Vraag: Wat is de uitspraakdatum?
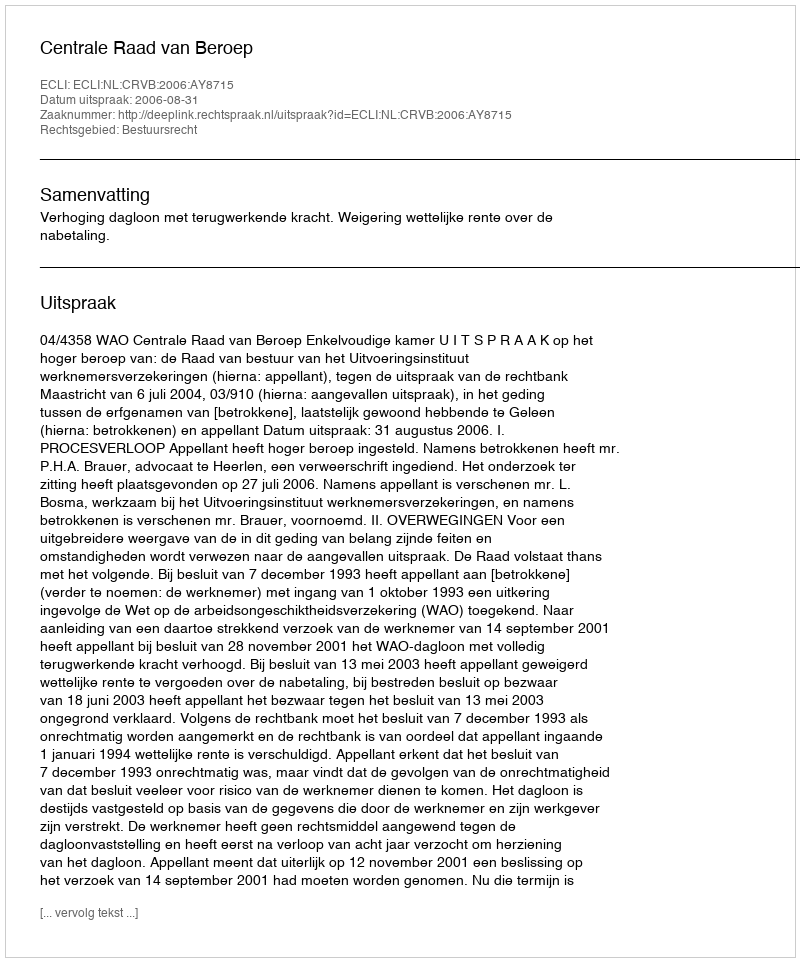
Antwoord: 2006-08-31